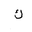
Letter: _kaf